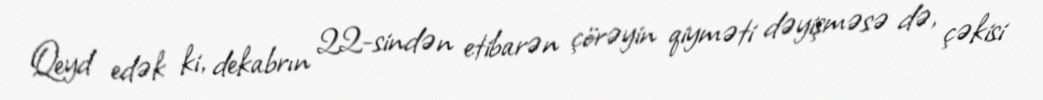
Qeyd edək ki, dekabrın 22-sindən etibarən çörəyin qiyməti dəyişməsə də, çəkisi